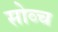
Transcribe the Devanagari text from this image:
सोव्च